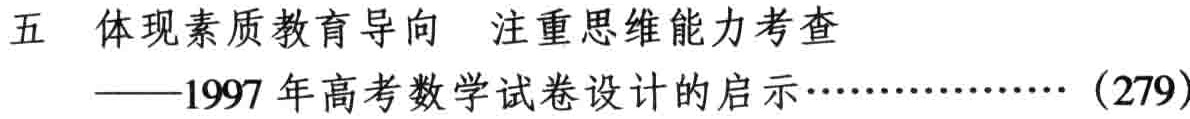
五 体现素质教育导向 注重思维能力考查——1997 年高考数学试卷设计的启示……………… (279)